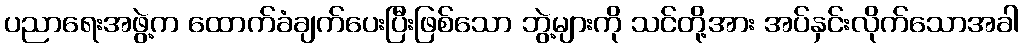
ပညာရေးအဖွဲ့က ထောက်ခံချက်ပေးပြီးဖြစ်သော ဘွဲ့များကို သင်တို့အား အပ်နှင်းလိုက်သောအခါ